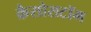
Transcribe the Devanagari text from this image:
क्रैसोसटॉम